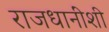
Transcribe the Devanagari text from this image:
राजधानींशी